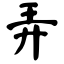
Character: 弄